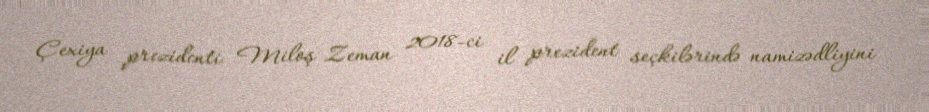
Çexiya prezidenti Miloş Zeman 2018-ci il prezident seçkilərində namizədliyini